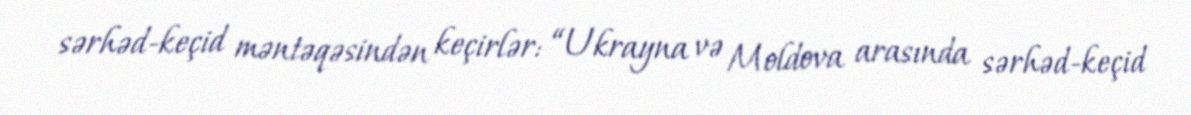
sərhəd-keçid məntəqəsindən keçirlər: “Ukrayna və Moldova arasında sərhəd-keçid